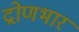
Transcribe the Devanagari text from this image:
द्रोणभार